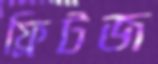
ফ্রিটজ